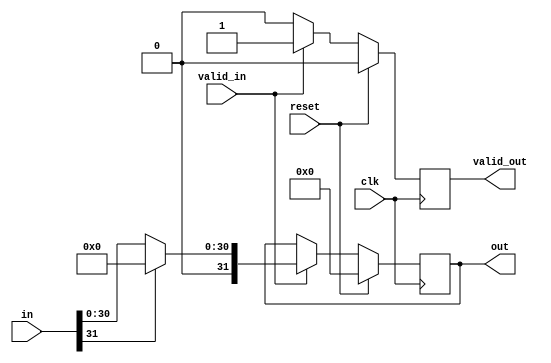
`timescale 1ns/1ps
/////////////////////////////////////////////////////////////////////////
// Company: 

// Create Date:   
// Design Name: 
// Module Name: 
// Project Name: 
// Target Device: 
// Tool Versions:
// Description:

// Dependencies:

// Revision:
// Revision 0.01 - File Created
// Additional Comments:

///////////////////////////////////////////////////////////////////////

module cnn_conv_relu (
  clk, 
  reset,
  valid_in,
  in, 

  out,
  valid_out
  );

/////////////////////////////////////////////////////////////////////////
// Parameter Declarations
parameter DATA_WIDTH = 32;

/////////////////////////////////////////////////////////////////////////
// Port Declarations
input                  clk     ;
input                  reset   ;
input                  valid_in;
input [DATA_WIDTH-1:0] in      ;

/////////////////////////////////////////////////////////////////////////
// Output Declarations
output [DATA_WIDTH-1:0] out      ;
output                  valid_out;

/////////////////////////////////////////////////////////////////////////
// Local Logic and Instantiation
wire                  clk     ;
wire                  reset   ;
wire                  valid_in;
wire [DATA_WIDTH-1:0] in      ;

reg [DATA_WIDTH-1:0] out      ;
reg                  valid_out;

always @(posedge clk) begin
  if(reset) begin
    out       <= {DATA_WIDTH{1'b0}};
    valid_out <= 1'b0;
  end
  else if (valid_in) begin
    if (in[DATA_WIDTH-1]) begin
      out       <= {DATA_WIDTH{1'b0}};
      valid_out <= 1'b1;
    end
    else begin
      out       <= in;
      valid_out <= 1'b1;
    end
  end
  else begin
    valid_out <= 1'b0;
  end
end

endmodule